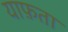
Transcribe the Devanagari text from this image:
याफ़ता